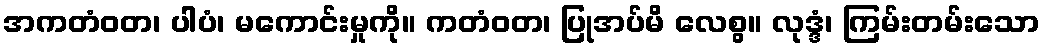
အကတံဝတ၊ ပါပံ၊ မကောင်းမှုကို။ ကတံဝတ၊ ပြုအပ်မိ လေစွ။ လုဒ္ဒံ၊ ကြမ်းတမ်းသော